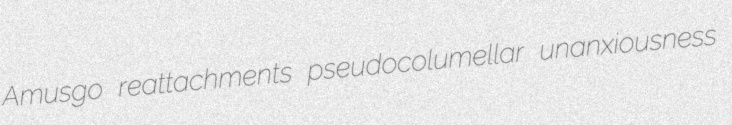
Amusgo reattachments pseudocolumellar unanxiousness